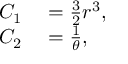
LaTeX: \begin{array} { r l } { C _ { 1 } } & { { } = { \frac { 3 } { 2 } } r ^ { 3 } , } \\ { C _ { 2 } } & { { } = { \frac { 1 } { \theta } } , } \end{array}